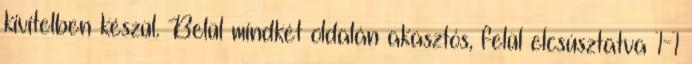
kivitelben készül. Belül mindkét oldalán akasztós, felül elcsúsztatva 1-1